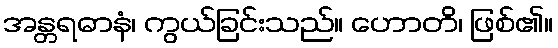
အန္တရဓာနံ၊ ကွယ်ခြင်းသည်။ ဟောတိ၊ ဖြစ်၏။